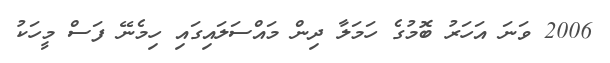
2006 ވަނަ އަހަރު ބޮމުގެ ހަމަލާ ދިން މައްސަލައިގައި ހިމެނޭ ފަސް މީހަކު